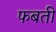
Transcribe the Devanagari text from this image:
फबती